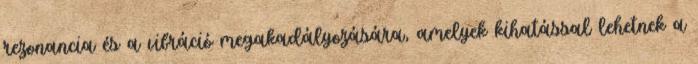
rezonancia és a vibráció megakadályozására, amelyek kihatással lehetnek a